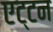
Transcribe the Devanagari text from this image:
एट्टन